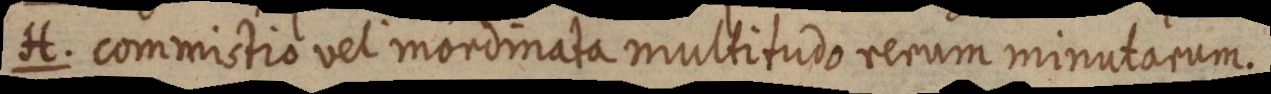
H. commistio vel mordinata multitudo rerum minutarum.